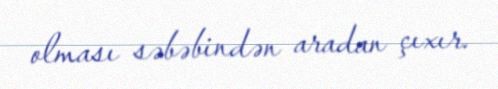
olması səbəbindən aradan çıxır.